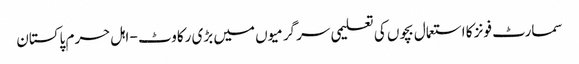
سمارٹ فونز کا استعمال بچوں کی تعلیمی سر گرمیوں میں بڑی رکاوٹ - اہل حرم پاکستان